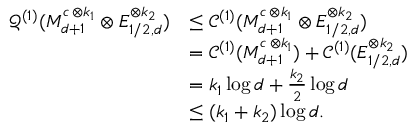
\begin{array} { r l } { \mathcal { Q } ^ { ( 1 ) } ( { \cal M } _ { d + 1 } ^ { c \, \otimes k _ { 1 } } \otimes { \cal E } _ { 1 / 2 , d } ^ { \otimes k _ { 2 } } ) } & { \leq \mathcal { C } ^ { ( 1 ) } ( { \cal M } _ { d + 1 } ^ { c \, \otimes k _ { 1 } } \otimes { \cal E } _ { 1 / 2 , d } ^ { \otimes k _ { 2 } } ) } \\ & { = \mathcal { C } ^ { ( 1 ) } ( { \cal M } _ { d + 1 } ^ { c \, \otimes k _ { 1 } } ) + \mathcal { C } ^ { ( 1 ) } ( { \cal E } _ { 1 / 2 , d } ^ { \otimes k _ { 2 } } ) } \\ & { = k _ { 1 } \log d + \frac { k _ { 2 } } { 2 } \log d } \\ & { \leq ( k _ { 1 } + k _ { 2 } ) \log d . } \end{array}